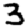
Digit: 3